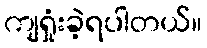
ကျရှုံးခဲ့ရပါတယ်။